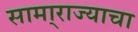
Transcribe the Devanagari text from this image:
सामा्राज्याचा